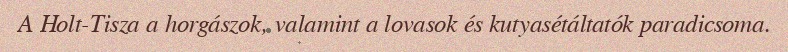
A Holt-Tisza a horgászok, valamint a lovasok és kutyasétáltatók paradicsoma.